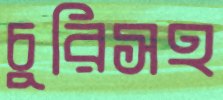
চুরিসহ